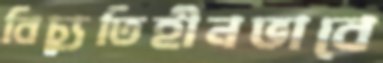
বিচ্যুতিহীনভাবে